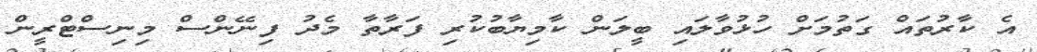
އެ ކާރުތައް ގަތުމަށް ހުޅުވާލައި ބީލަން ކާމިޔާބުކުރި ފަރާތާ މެދު ފިނޭންސް މިނިސްޓްރީން